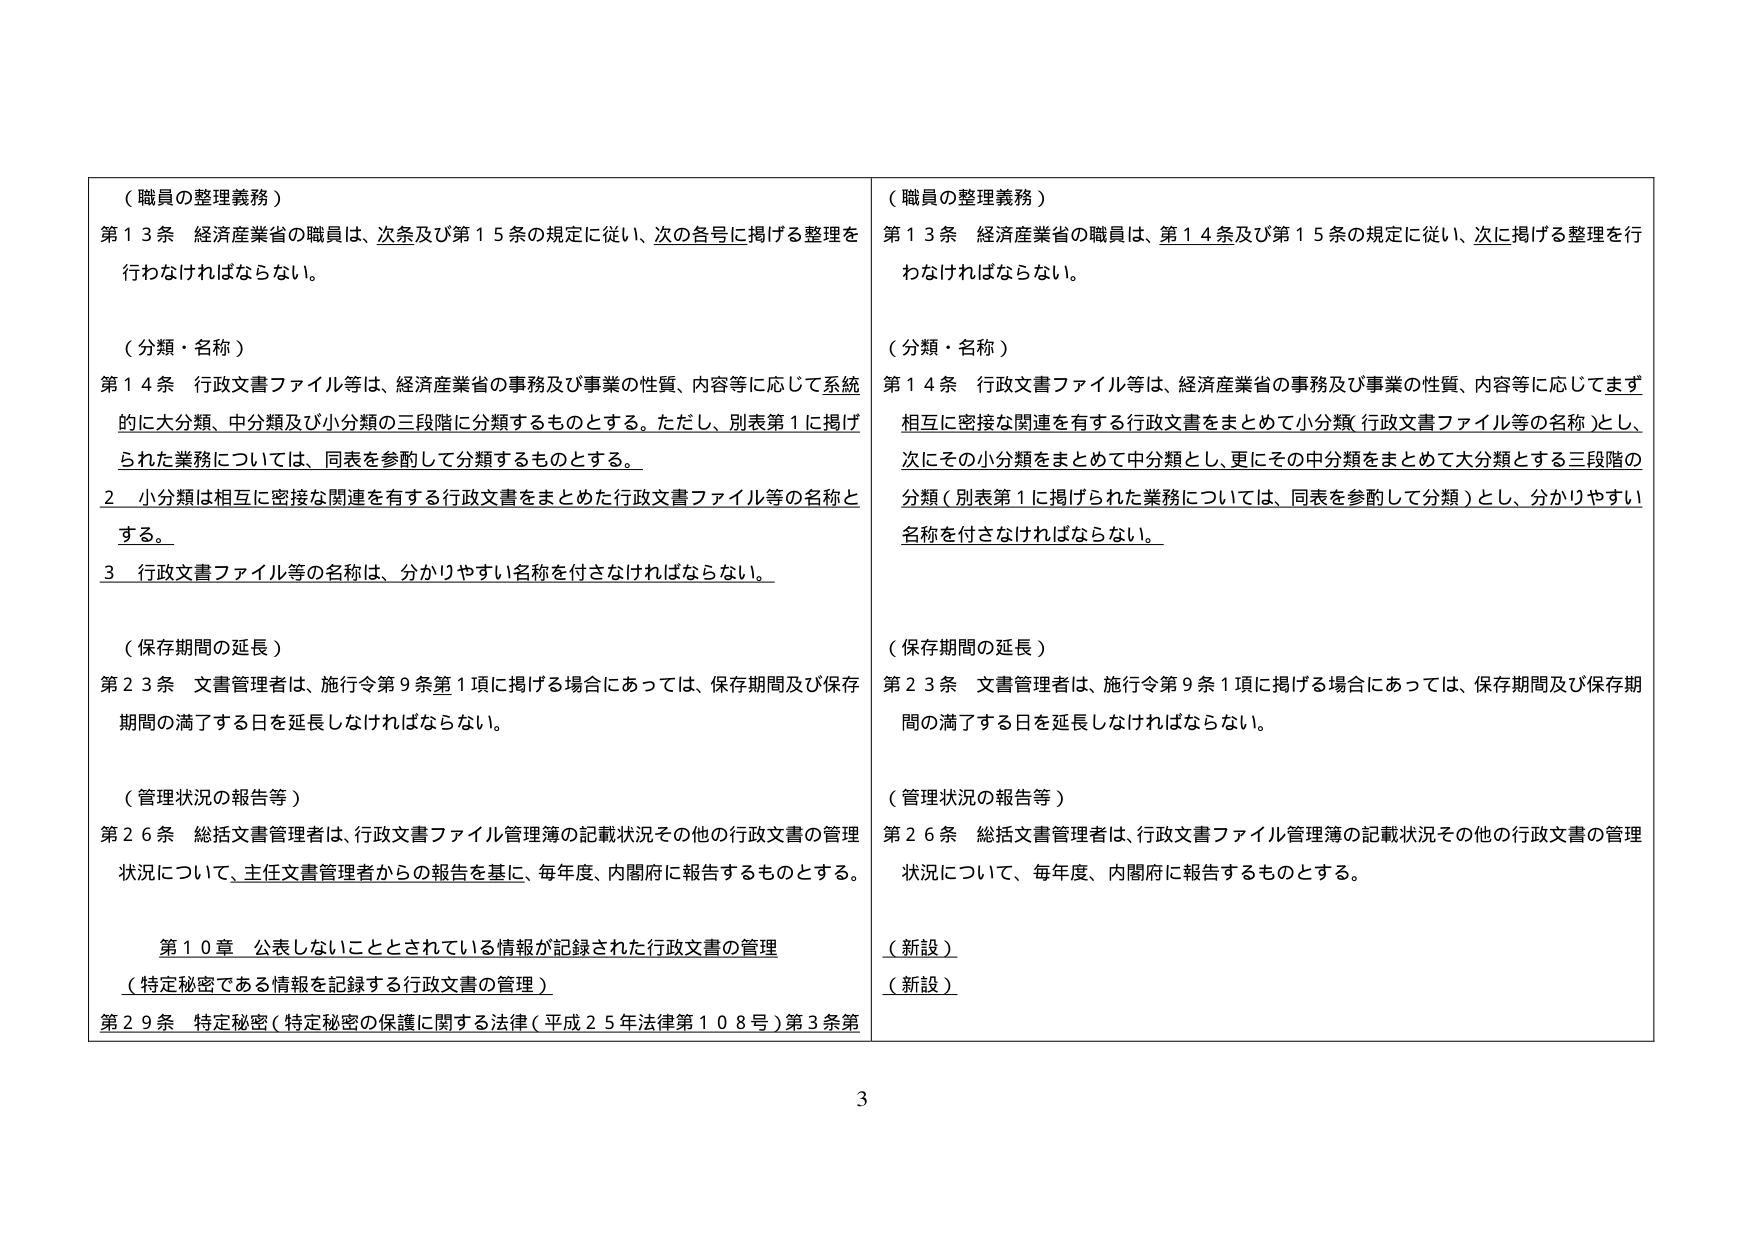
（職員の整理義務）
第１３条 経済産業省の職員は、次条及び第１５条の規定に従い、次の各号に掲げる整理を行わなければならない。

（分類・名称）
第１４条 行政文書ファイル等は、経済産業省の事務及び事業の性質、内容等に応じて系統的に大分類、中分類及び小分類の三段階に分類するものとする。ただし、別表第１に掲げられた業務については、同表を参酌して分類するものとする。
２ 小分類は相互に密接な関連を有する行政文書をまとめた行政文書ファイル等の名称とする。
３ 行政文書ファイル等の名称は、分かりやすい名称を付さなければならない。

（保存期間の延長）
第２３条 文書管理者は、施行令第９条第１項に掲げる場合にあっては、保存期間及び保存期間の満了する日を延長しなければならない。

（管理状況の報告等）
第２６条 総括文書管理者は、行政文書ファイル管理簿の記載状況その他の行政文書の管理状況について、主任文書管理者からの報告を基に、毎年度、内閣府に報告するものとする。

第１０章 公表しないこととされている情報が記録された行政文書の管理
（特定秘密である情報を記録する行政文書の管理）
第２９条 特定秘密（特定秘密の保護に関する法律（平成２５年法律第１０８号）第３条第

（職員の整理義務）
第１３条 経済産業省の職員は、第１４条及び第１５条の規定に従い、次に掲げる整理を行わなければならない。

（分類・名称）
第１４条 行政文書ファイル等は、経済産業省の事務及び事業の性質、内容等に応じてまず相互に密接な関連を有する行政文書をまとめて小分類（行政文書ファイル等の名称）とし、次にその小分類をまとめて中分類とし、更にその中分類をまとめて大分類とする三段階の分類（別表第１に掲げられた業務については、同表を参酌して分類）とし、分かりやすい名称を付さなければならない。

（保存期間の延長）
第２３条 文書管理者は、施行令第９条第１項に掲げる場合にあっては、保存期間及び保存期間の満了する日を延長しなければならない。

（管理状況の報告等）
第２６条 総括文書管理者は、行政文書ファイル管理簿の記載状況その他の行政文書の管理状況について、毎年度、内閣府に報告するものとする。

（新設）
（新設）

3